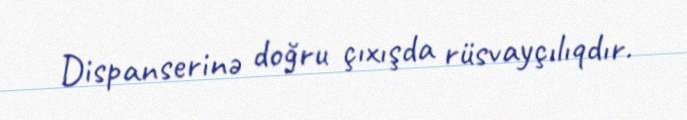
Dispanserinə doğru çıxışda rüsvayçılıqdır.